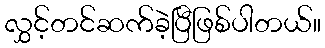
လွှင့်တင်ဆက်ခဲ့ပြီဖြစ်ပါတယ်။